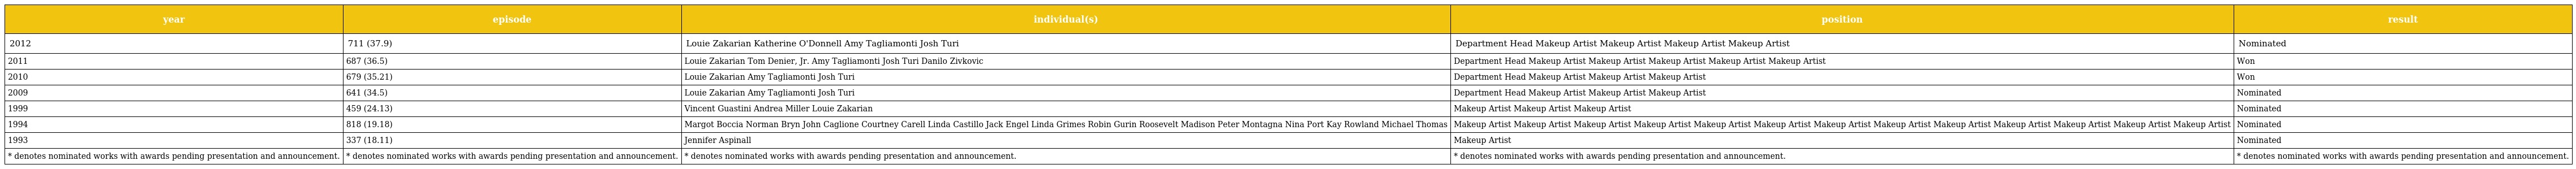
| year | episode | individual(s) | position | result |
 | --- | --- | --- | --- | --- |
 | 2012 | 711 (37.9) | Louie Zakarian Katherine O'Donnell Amy Tagliamonti Josh Turi | Department Head Makeup Artist Makeup Artist Makeup Artist Makeup Artist | Nominated |
 | 2011 | 687 (36.5) | Louie Zakarian Tom Denier, Jr. Amy Tagliamonti Josh Turi Danilo Zivkovic | Department Head Makeup Artist Makeup Artist Makeup Artist Makeup Artist Makeup Artist | Won |
 | 2010 | 679 (35.21) | Louie Zakarian Amy Tagliamonti Josh Turi | Department Head Makeup Artist Makeup Artist Makeup Artist | Won |
 | 2009 | 641 (34.5) | Louie Zakarian Amy Tagliamonti Josh Turi | Department Head Makeup Artist Makeup Artist Makeup Artist | Nominated |
 | 1999 | 459 (24.13) | Vincent Guastini Andrea Miller Louie Zakarian | Makeup Artist Makeup Artist Makeup Artist | Nominated |
 | 1994 | 818 (19.18) | Margot Boccia Norman Bryn John Caglione Courtney Carell Linda Castillo Jack Engel Linda Grimes Robin Gurin Roosevelt Madison Peter Montagna Nina Port Kay Rowland Michael Thomas | Makeup Artist Makeup Artist Makeup Artist Makeup Artist Makeup Artist Makeup Artist Makeup Artist Makeup Artist Makeup Artist Makeup Artist Makeup Artist Makeup Artist Makeup Artist | Nominated |
 | 1993 | 337 (18.11) | Jennifer Aspinall | Makeup Artist | Nominated |
 | * denotes nominated works with awards pending presentation and announcement. | * denotes nominated works with awards pending presentation and announcement. | * denotes nominated works with awards pending presentation and announcement. | * denotes nominated works with awards pending presentation and announcement. | * denotes nominated works with awards pending presentation and announcement. |